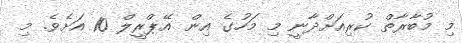
މި މުބާރާތް ކުރިއަށްދާނީ މި މަހުގެ އިން އޭޕްރީލް 10 އަށެވެ. މި